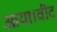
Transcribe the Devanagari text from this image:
आया।वीट